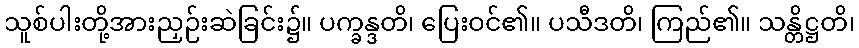
သူစ်ပါးတို့အားညှဉ်းဆဲခြင်း၌။ ပက္ခန္ဒတိ၊ ပြေးဝင်၏။ ပသီဒတိ၊ ကြည်၏။ သန္တိဋ္ဌတိ၊